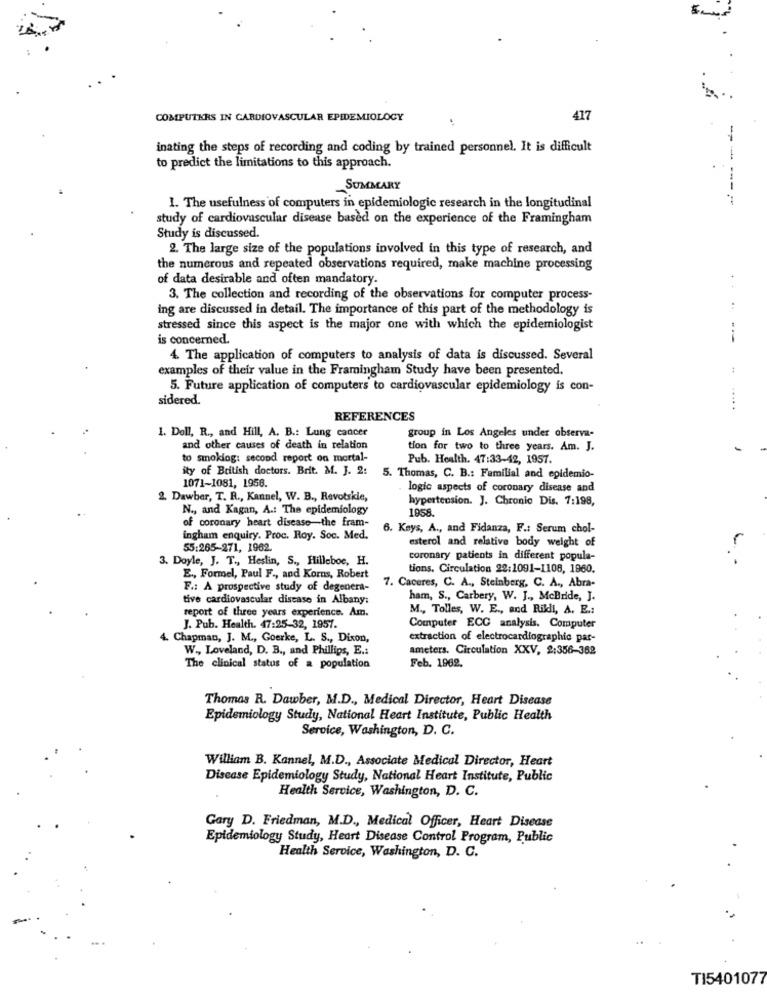
COMPUTERS IN CARDIOVASCULAR EPIDEMIOLOGY
417
inating the steps of recording and coding by trained personnel. It is difficult
--
to predict the limitations to this approach.
SUMMARY
I. The usefulness of computers in epidemiologic research in the longitudinal
study of cardiovascular disease based on the experience of the Framingham
Study is discussed.
2. The large size of the populations involved in this type of research, and
the numerous and repeated observations required, make machine processing
of data desirable and often mandatory.
..
3. The collection and recording of the observations for computer process-
ing are discussed in detail. The importance of this part of the methodology is
stressed since this aspect is the major one with which the epidemiologist
is concerned.
--
4. The application of computers to analysis of data is discussed. Several
examples of their value in the Framingham Study have been presented.
5. Future application of computers to cardiovascular epidemiology is con-
sidered.
.....
REFERENCES
1. Doll, R ., and Hill, A. B .: Lung cancer
group in Los Angeles under observa-
and other causes of death in relation
tion for two to three years. Am. J.
-
to smoking: second report on mortal-
Pub. Health. 47:33-42, 1957.
ity of British doctors. Brit. M. J. 2:
1071-1081, 1958.
5. Thomas, C. B .: Familial and epidemio-
logic aspects of coronary disease and
2. Dawber, T. R ., Kannel, W. B ., Revotskie,
hypertension. J. Chronic Dis. 7:198,
N ., and Kagan, A .: The epidemiology
1958.
of coronary heart disease-the fram-
6. Keys, A ., and Fidanza, F .: Serum chol-
ingham enquiry. Proc. Roy. Soc. Med.
esterol and relative body weight of
55:265-271, 1962.
3. Doyle, J. T ., Heslin, S ., Hilleboe, H.
coronary patients in different popula-
..
tions. Circulation 22:1091-1108, 1960.
E ., Formel, Paul F ., and Korns, Robert
F .: A prospective study of degenera-
7. Caceres, C. A ., Steinberg, C. A ., Abra-
tive cardiovascular disease in Albany:
ham, S ., Carbery, W. J ., McBride, J.
report of three years experience. Am.
M ., Tolles, W. E ., and Rilli, A. E .:
J. Pub. Health. 47:25-32, 1957.
Computer ECC analysis. Computer
4. Chapman, J. M ., Goerke, L. S ., Dixon,
extraction of electrocardiograma par-
W ., Loveland, D. B ., and Phillips, E .:
ameters. Circulation XXV, 2:356-382
The clinical status of a population
Feb. 1962.
Thomas R. Dawber, M.D ., Medical Director, Heart Disease
Epidemiology Study, National Heart Institute, Public Health
Service, Washington, D. C.
William B. Kannel, M.D ., Associate Medical Director, Heart
Disease Epidemiology Study, National Heart Institute, Public
Health Service, Washington, D. C.
Gary D. Friedman, M.D ., Medical Officer, Heart Disease
Epidemiology Study, Heart Disease Control Program, Public
Health Service, Washington, D. C.
TI5401077